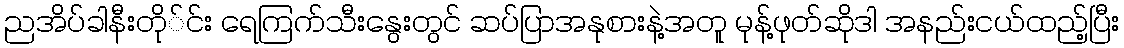
ညအိပ်ခါနီးတို်င်း ရေကြက်သီးနွေးတွင် ဆပ်ပြာအနုစားနဲ့အတူ မုန့်ဖုတ်ဆိုဒါ အနည်းငယ်ထည့်ပြီး